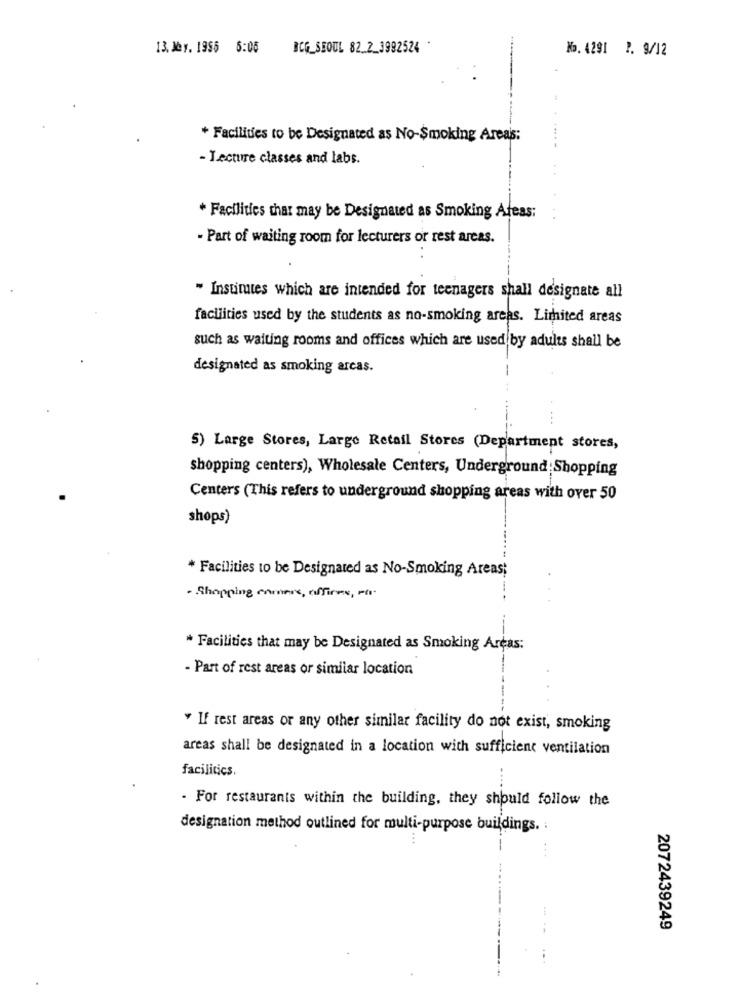
13. Jey. 1996 6:05
BCG_SEOUL 82_2_3992524 *
No. 4291 1. 9/12
+ Facilities to be Designated as No-Smoking Areas:
- Lecture classes and labs.
* Facilities that may be Designated as Smoking Afeas:
- Part of waiting room for lecturers or rest areas.
" Institutes which are intended for teenagers shall designate all
facilities used by the students as no-smoking areas. Lithited areas
such as waiting rooms and offices which are used by adults shall be
designated as smoking areas.
5) Large Stores, Large Retail Stores (Department stores,
shopping centers), Wholesale Centers, Underground; Shopping
Centers (This refers to underground shopping areas with over 50
shops)
* Facilities to be Designated as No-Smoking Areas;
- Shopping comes, offirms, Pir.
* Facilities that may be Designated as Smoking Areas:
- Part of rest areas or similar location
If rest areas or any other similar facility do not exist, smoking
areas shall be designated in a location with sufficient ventilation
facilities.
...
- For restaurants within the building, they should follow the
designation method outlined for multi-purpose buildings.
2072439249